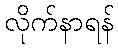
လိုက်နာရန်